Lunatic asylums in Bengal annual reports 1899-1911 - 1899-1911
Year: 1899
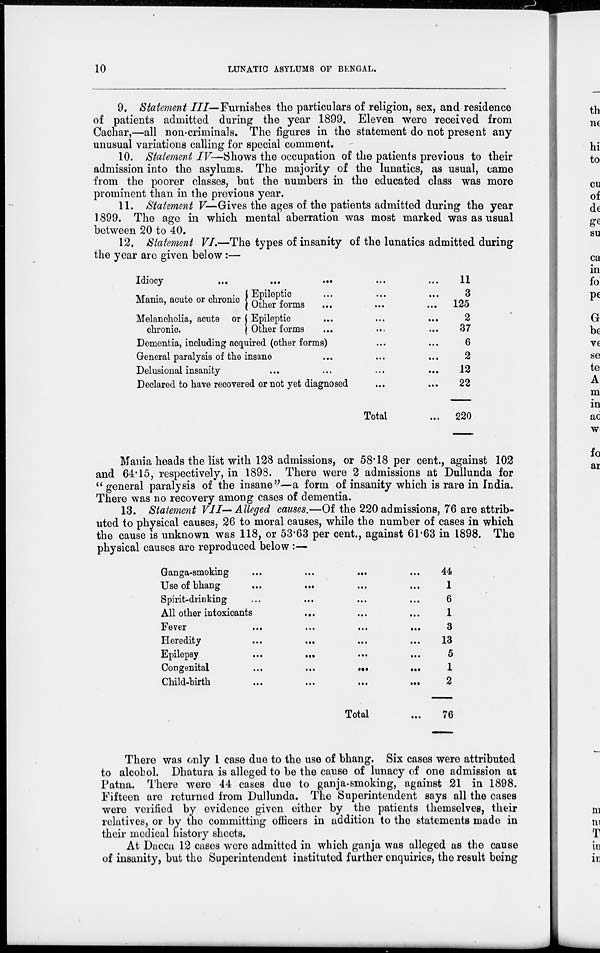
10
LUNATIC ASYLUMS OF BENGAL.
9. Statement III— Furnishes the particulars of religion, sex, and residence
of patients admitted during the year 1899. Eleven were received from
Cachar,—all non-criminals. The figures in the statement do not present any
unusual variations calling for special comment.
10. Statement IV—Shows the occupation of the patients previous to their
admission into the asylums. The majority of the lunatics, as usual, came
from the poorer classes, but the numbers in the educated class was more
prominent than in the previous year.
11. Statement V— Gives the ages of the patients admitted during the year
1899. The age in which mental aberration was most marked was as usual
between 20 to 40.
12. Statement VI.—The types of insanity of the lunatics admitted during
the year are given below:—
Idiocy
...
...
...
...
...
Mania, acute or chronic
Melancholia, acute or
chronic.
Epileptic ... ... ...
Other forms ... ... ...
Epileptic ... ... ...
Other forms ... ... ...
Dementia, including acquired (other forms) ...
General paralysis of the insane ... ...
Delusional insanity ... ... ...
Declared to have recovered or not yet diagnosed ... ...
Total ...
11
3
125
2
37
6
2
12
22
220
Mania heads the list with 128 admissions, or 58.18 per cent., against 102
and 64.15, respectively, in 1898. There were 2 admissions at Dullunda for
" general paralysis of the insane"—a form of insanity which is rare in India.
There was no recovery among cases of dementia.
13. Statement VII— Alleged causes.—Of the 220 admissions, 76 are attrib-
uted to physical causes, 26 to moral causes, while the number of cases in which
the cause is unknown was 118, or 53.63 per cent., against 61.63 in 1898. The
physical causes are reproduced below :—
Ganja-smoking
...
...
... ...
Use of bhang
...
... ... ...
Spirit-drinking
... ... ... ...
All other intoxicants ... ... ... ...
Fever
...
...
...
...
Heredity
...
...
... ...
Epilepsy
... ... ... ...
Congenital
...
...
...
...
Child-birth
...
...
...
...
Total ...
44
1
6
1
3
13
5
1
2
76
There was only 1 case due to the use of bhang. Six cases were attributed
to alcohol. Dhatura is alleged to be the cause of lunacy of one admission at
Patna. There were 44 cases due to ganja-smoking, against 21 in 1898.
Fifteen are returned from Dullunda. The Superintendent says all the cases
were verified by evidence given either by the patients themselves, their
relatives, or by the committing officers in addition to the statements made in
their medical history sheets.
At Dacca 12 cases were admitted in which ganja was alleged as the cause
of insanity, but the Superintendent instituted further enquiries, the result being